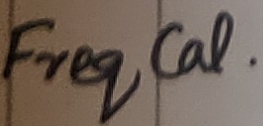
Text: Freq CAL.